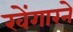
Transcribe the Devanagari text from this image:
खेंगारने